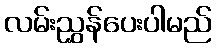
လမ်းညွှန်ပေးပါမည်